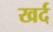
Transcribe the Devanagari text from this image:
खर्द